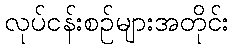
လုပ်ငန်းစဉ်များအတိုင်း